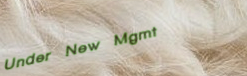
Under New Mgmt